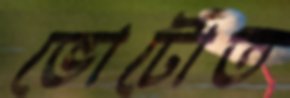
ভোটোত